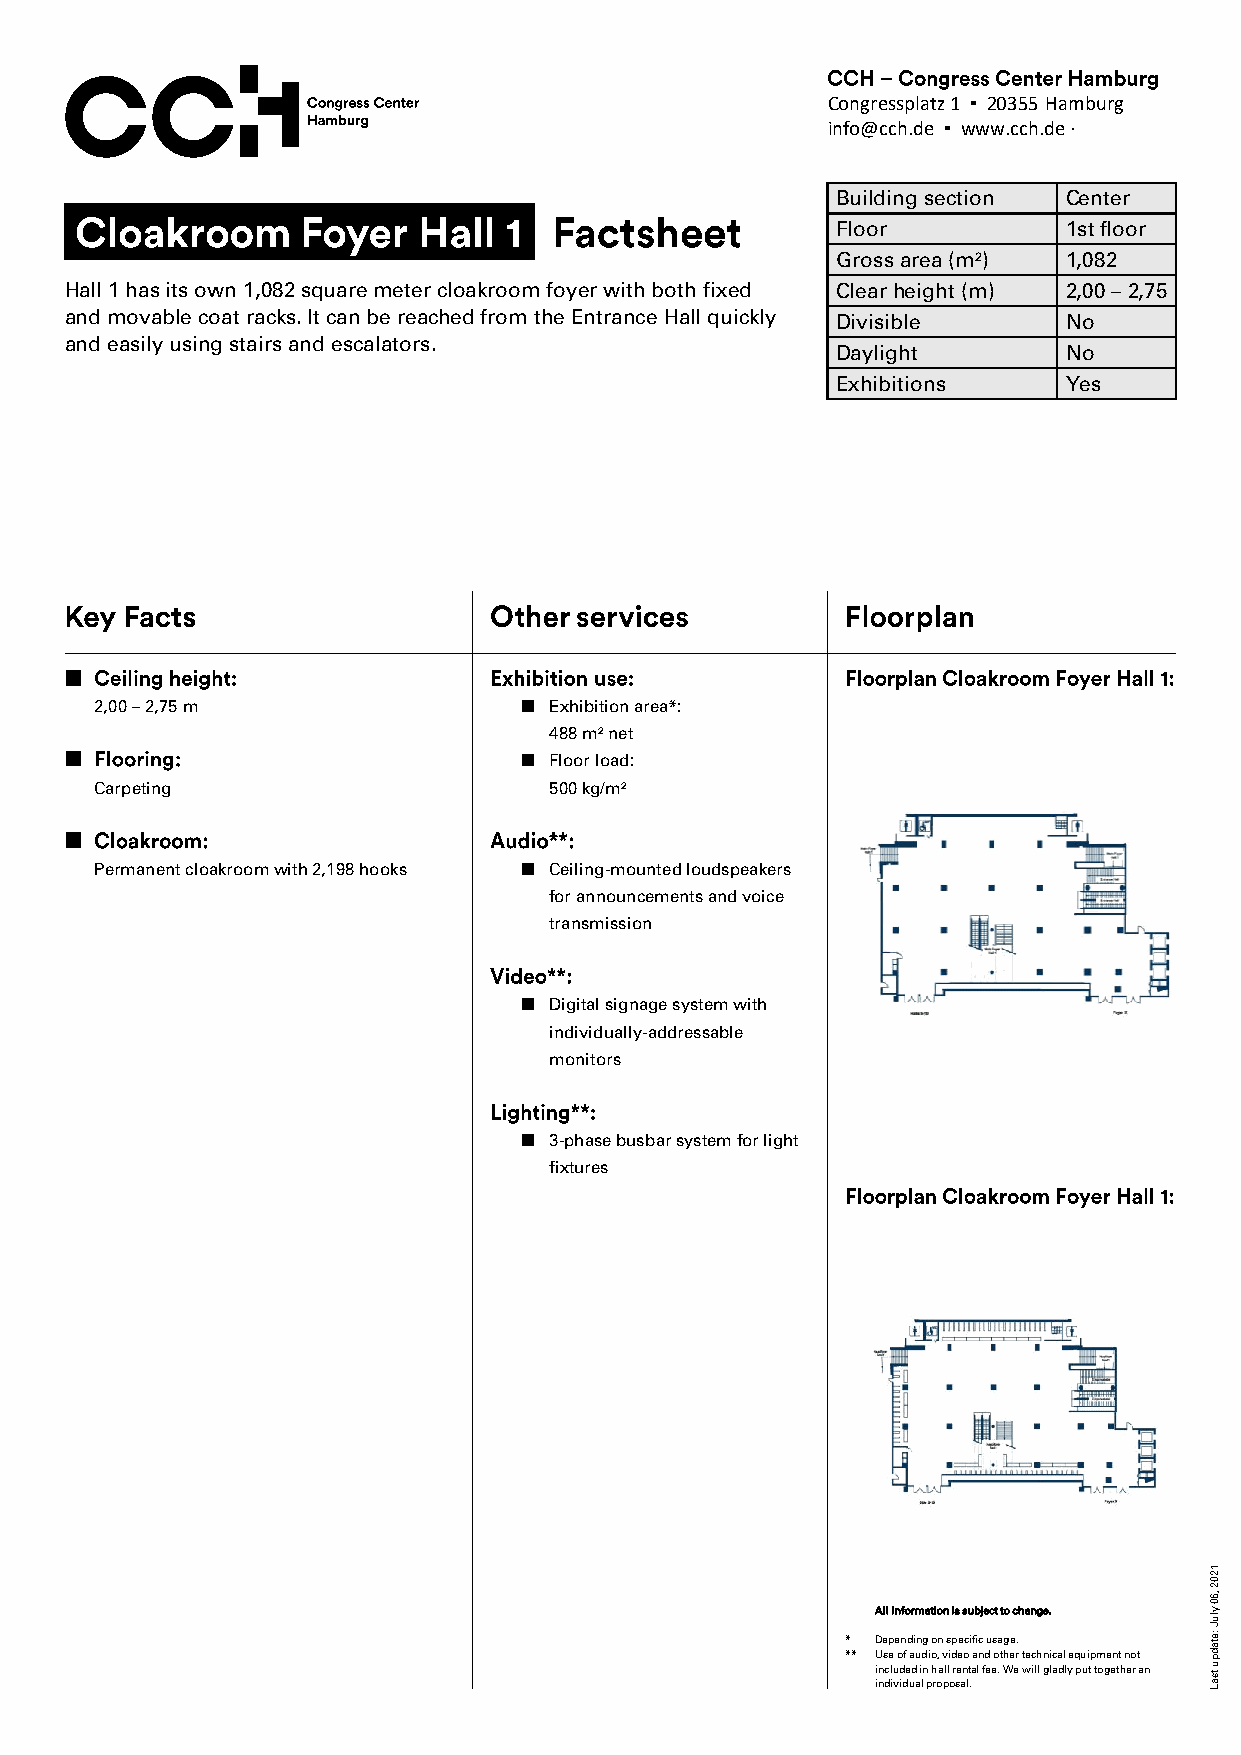
Congressplatz1 ▪ 20355 Hamburg
 info@cch.de ▪ www.cch.de ·
 Building section Center
 Floor          1st floor
 Grossarea(m²)  1,082
 Hall 1 has its own 1,082 square meter cloakroom foyer with both fixed Clear height(m) 2,00 –2,75
 and movable coat racks. It can be reached from the Entrance Hall quickly Divisible No
 and easily using stairs and escalators.
 Daylight       No
 Exhibitions    Yes
 2,00 –2,75 m                  Exhibition area*:
 488 m² net
 Floor load:
 Carpeting                     500 kg/m²
 Permanent cloakroom with 2,198 hooks Ceiling-mounted loudspeakers
 for announcements and voice
 transmission
 Digital signage system with
 individually-addressable
 monitors
 3-phase busbar system for light
 fixtures
 1202
 ,60
 All information is subject to change. ylu
 *
 **
 D Ue sp
 e
 e on
 f
 d ai un dg
 i
 oo ,n
 v
 s idp ee oci f ai nc du s oa thg ee r.
 technical equipment not
 :etad
 pJ
 i in nc dl iu vd ide ud
 a
 i ln
 p
 h roa pll
 o
 r se an lt .al fee. We will gladly put together an u tsaL